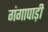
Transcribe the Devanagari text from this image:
गंगापाड़ी